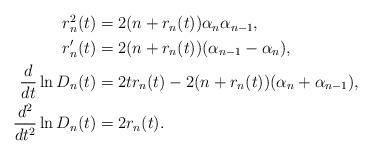
LaTeX: \begin{align*}\begin{aligned}r_n^2(t)&=2(n+r_n(t))\alpha_n\alpha_{n-1},\\r_n'(t)&=2(n+r_n(t))(\alpha_{n-1}-\alpha_n),\\\frac{d}{dt}\ln D_n(t)&=2tr_n(t)-2(n+r_n(t))(\alpha_n+\alpha_{n-1}),\\\frac{d^2}{dt^2}\ln D_n(t)&=2r_n(t).\end{aligned}\end{align*}